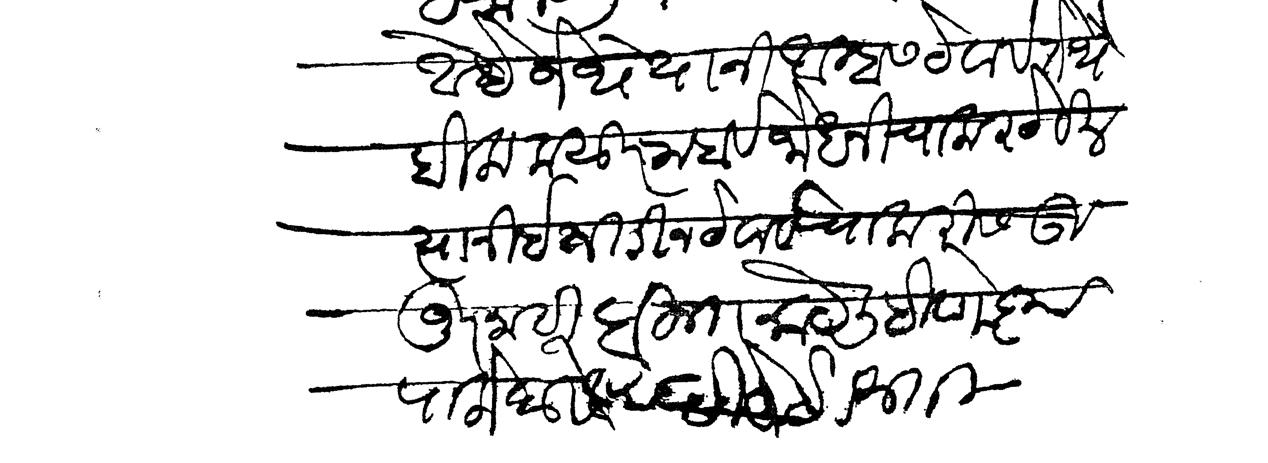
Transliteration (Devanagari): आहे जेथे यानी आम्हास ठेवावे तेथे विलाकुसूर राहावे जो धनी चाकर ठेवील त्यानी इजितीन ठेवावे चाकरीस उजूर नाही बहुत काये लिहिणे कृपा लोभ असो दीजे हे विनती